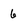
Character: 6